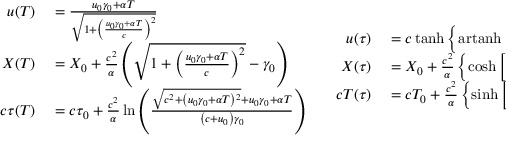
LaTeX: \scriptstyle { \begin{array} { c c } { { \begin{array} { r l } { u ( T ) } & { { } = { \frac { u _ { 0 } \gamma _ { 0 } + \alpha T } { \sqrt { 1 + \left( { \frac { u _ { 0 } \gamma _ { 0 } + \alpha T } { c } } \right) ^ { 2 } } } } \quad } \\ { X ( T ) } & { { } = X _ { 0 } + { \frac { c ^ { 2 } } { \alpha } } \left( { \sqrt { 1 + \left( { \frac { u _ { 0 } \gamma _ { 0 } + \alpha T } { c } } \right) ^ { 2 } } } - \gamma _ { 0 } \right) } \\ { c \tau ( T ) } & { { } = c \tau _ { 0 } + { \frac { c ^ { 2 } } { \alpha } } \ln \left( { \frac { { \sqrt { c ^ { 2 } + \left( u _ { 0 } \gamma _ { 0 } + \alpha T \right) { } ^ { 2 } } } + u _ { 0 } \gamma _ { 0 } + \alpha T } { \left( c + u _ { 0 } \right) \gamma _ { 0 } } } \right) } \end{array} } } & { { \begin{array} { r l } { u ( \tau ) } & { { } = c \operatorname { t a n h } \left\{ \operatorname { a r t a n h } \left( { \frac { u _ { 0 } } { c } } \right) + { \frac { \alpha \tau } { c } } \right\} } \\ { X ( \tau ) } & { { } = X _ { 0 } + { \frac { c ^ { 2 } } { \alpha } } \left\{ \cosh \left[ \operatorname { a r t a n h } \left( { \frac { u _ { 0 } } { c } } \right) + { \frac { \alpha \tau } { c } } \right] - \gamma _ { 0 } \right\} } \\ { c T ( \tau ) } & { { } = c T _ { 0 } + { \frac { c ^ { 2 } } { \alpha } } \left\{ \sinh \left[ \operatorname { a r t a n h } \left( { \frac { u _ { 0 } } { c } } \right) + { \frac { \alpha \tau } { c } } \right] - { \frac { u _ { 0 } \gamma _ { 0 } } { c } } \right\} } \end{array} } } \end{array} }